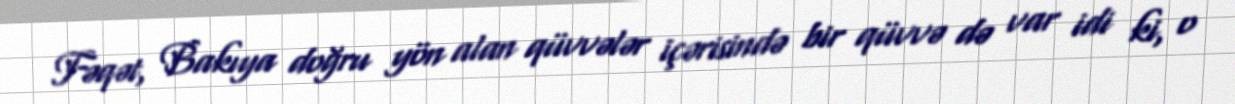
Fəqət, Bakıya doğru yön alan qüvvələr içərisində bir qüvvə də var idi ki, o